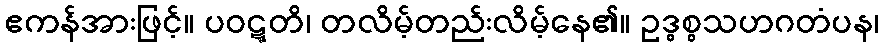
ဧကန်အားဖြင့်။ ပဝဋ္ဋတိ၊ တလိမ့်တည်းလိမ့်နေ၏။ ဥဒ္ဓစ္စသဟဂတံပန၊